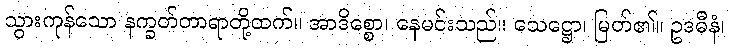
သွားကုန်သော နက္ခတ်တာရာတို့ထက်။ အာဒိစ္စော၊ နေမင်းသည်။ သေဋ္ဌော၊ မြတ်၏။ ဥဒဓီနံ၊